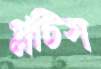
গ্লটিস